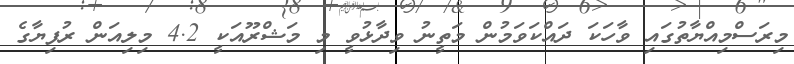
މިރަސްމިއްޔާތުގައި ވާހަކަ ދައްކަވަމުން މަތީނު ވިދާޅުވީ މި މަޝްރޫއަކީ 4.2 މިލިއަން ރުފިޔާގެ